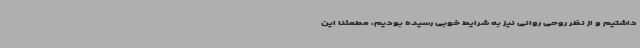
داشتیم و از نظر روحی روانی نیز به شرایط خوبی رسیده بودیم، مطمئنا این